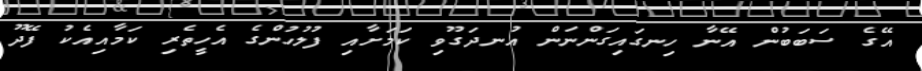
އޭގެ ސަބަބުން އޭނާ ހިނގައިގަންނަން އުނދަގޫވި ކަމަށާއި ފުލުހުންގެ އެހީތެރި ކަމާއިއެކު ފޭދޫ